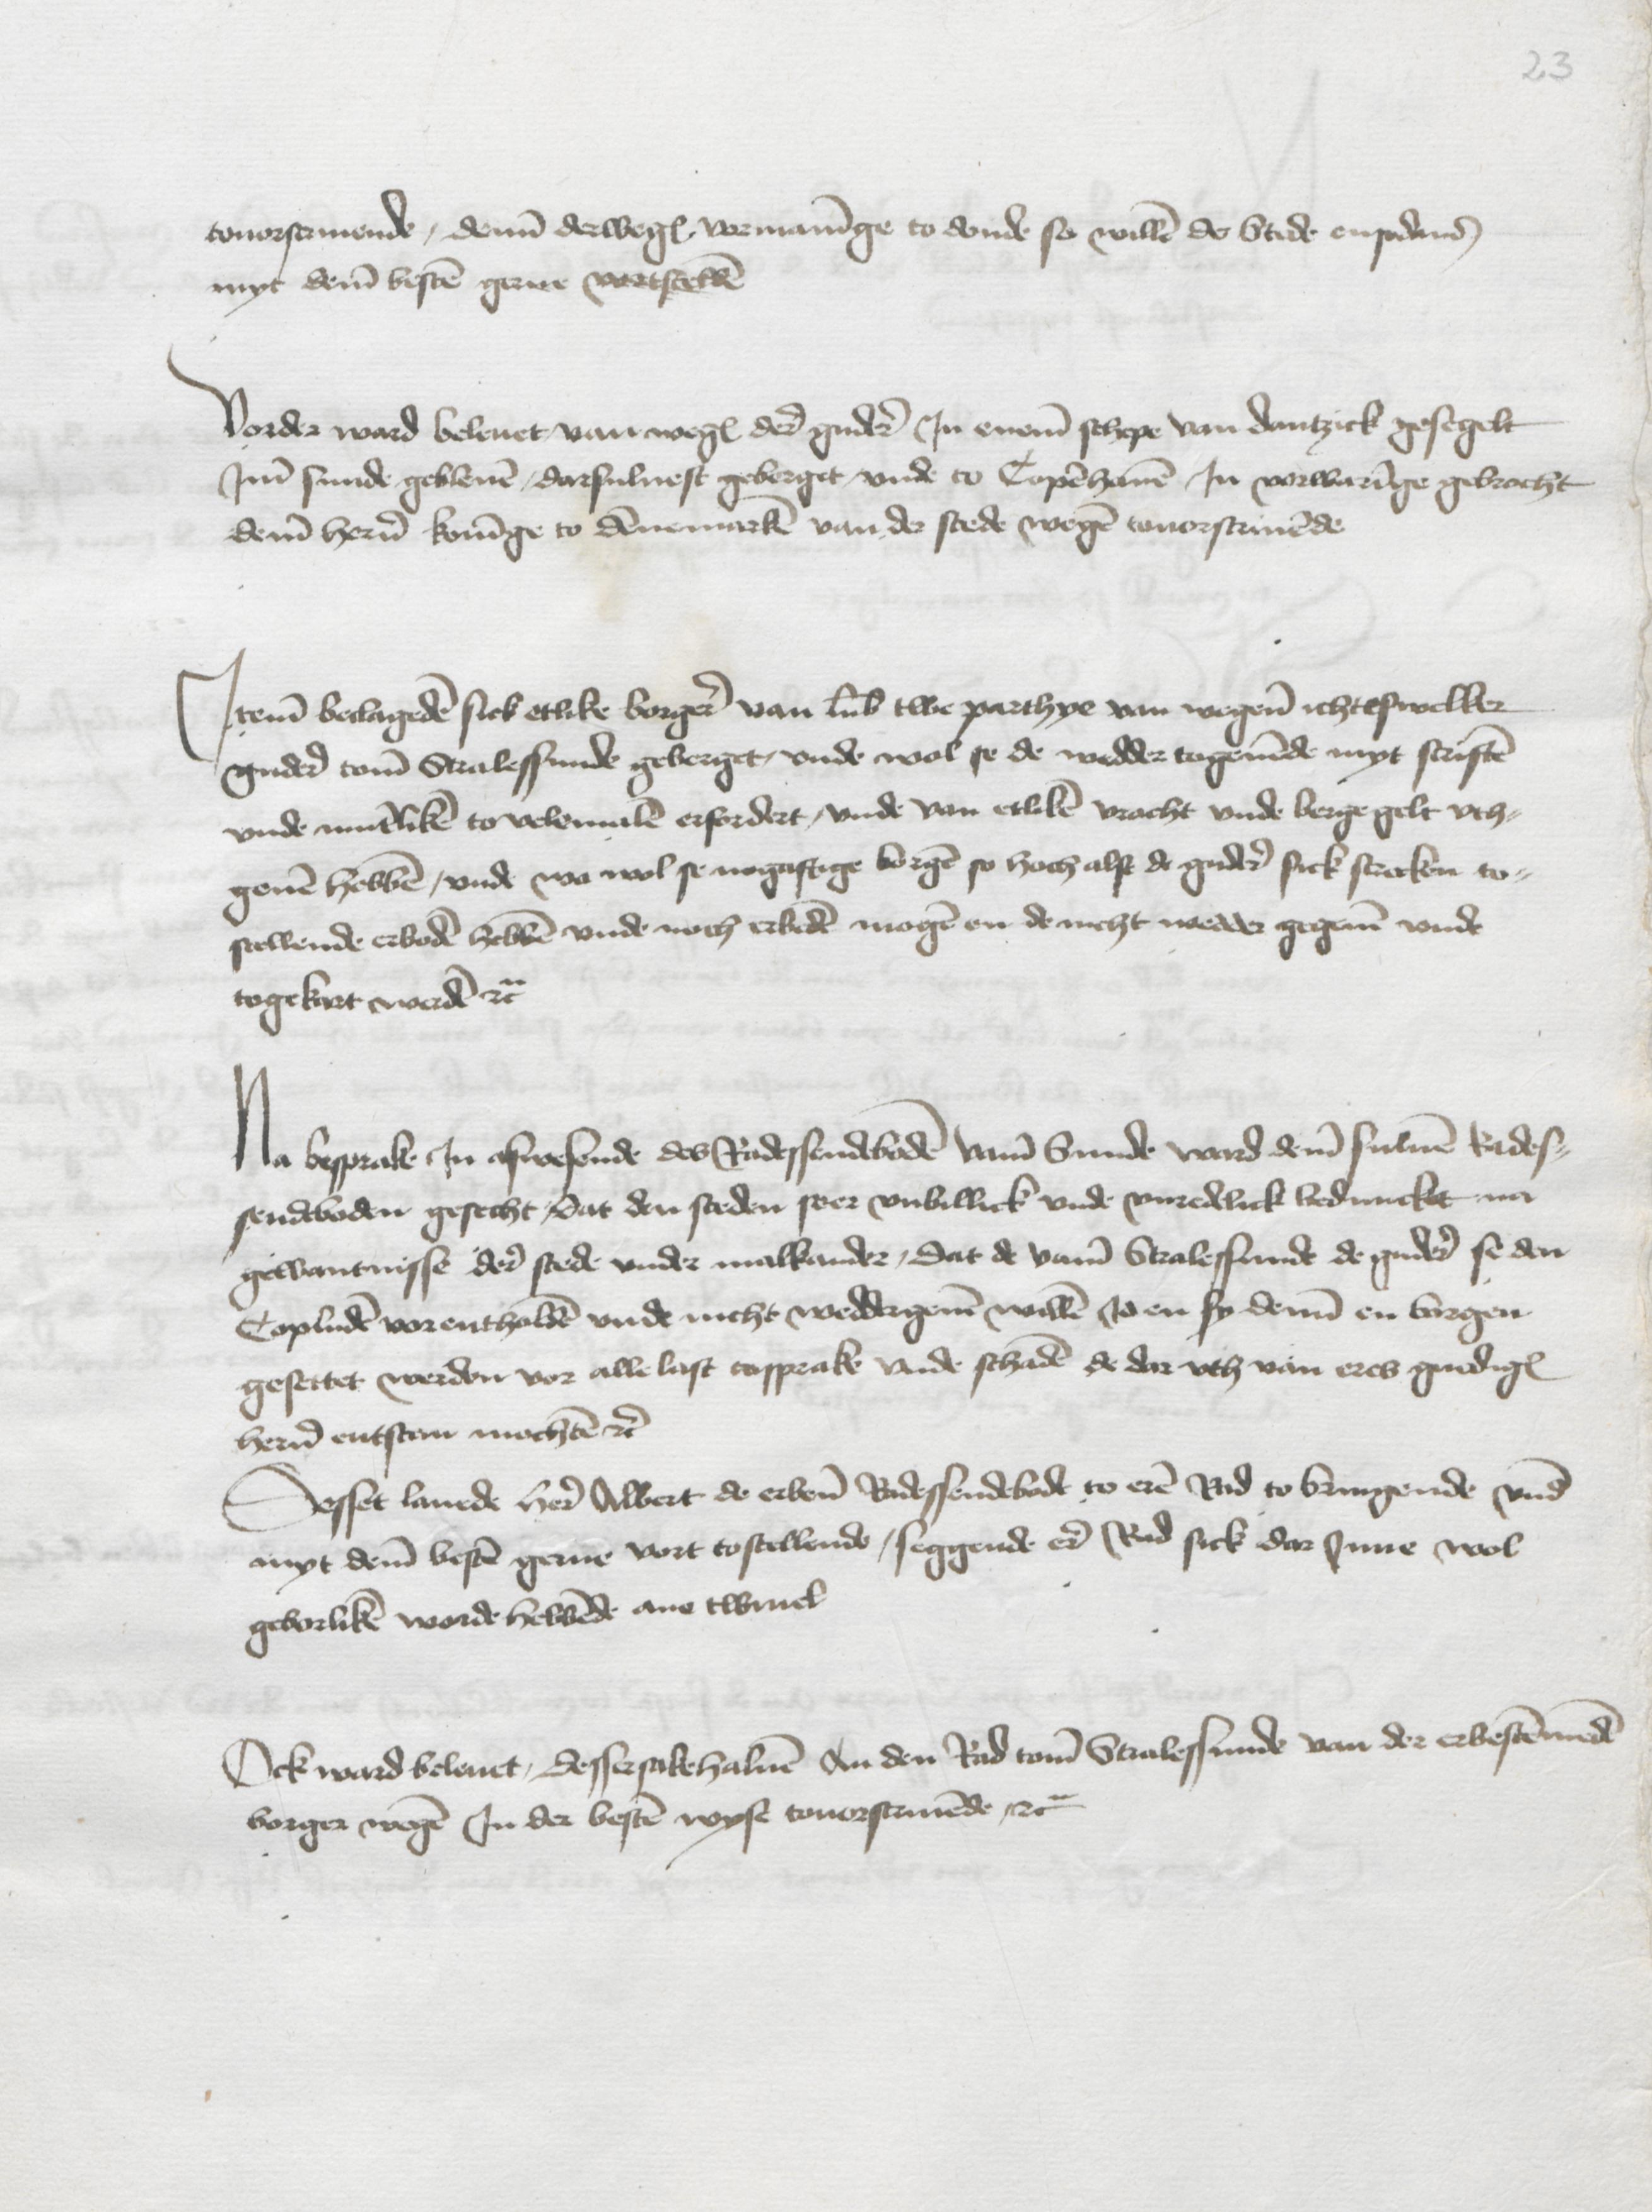
touorscrivende, denne derwegen vormaninge to donde so willen de Stede ensodans
myt deme besten gerne vortstellen

Vorder ward beleuet van wegen derer gudere Jn eneme schepe van Dantzick gesegelt
Jme sunde gebleuen, darsuluest geberget, vnde to Copenhauen Jn vorwaringe gebracht
deme heren koninge to Dennemarken van der stede wegen touorscriuende

Jteme beclageden sick etlike borgere van Lubeke twe parthye van wegene ichteswelker
gudere tome Stralessunde geberget, vnde wol se de wedder togeuende myt scriften
vnde muntliken to velemalen erfordert, vnde van etliken vracht vnde berge gelt vth¬
geuen hebben, vnde wo wol se nogaftige borger so hoch alse de gudere sick strecken to¬
stellende erboden hebben vnde noch erbeden mogen en de nicht wedder gegeuen vnde
togekart werden etcetera

Na besprake Jn afwesende des Radessendeboden vame Sunde ward deme suluen Rades¬
sendeboden gesecht, dat den steden seer vnbillick vnde vnredelick beduncket na
gewantnisse derer stede vnder malkander, dat de vame Stralessunde de gudere se den
Copluden vorentholden vnde nicht weddergeuen willen Jd en sy denne en borgen
gesettet werden vor alle last tosprake vnde schaden de dar vth van eres gnadigen
heren entstan mochten etcetera

Desset lauede here Albert de erbenomden Radessendebode to eren Rad to bringende vnde
myt deme besten gerne vort tostellende, seggende ere Rad sick dar Jnne wol
geborliken worde hebbende ane twiuel

Ock ward beleuet, desse sakehaluen An den Rad tome Stralessunde van der erbestemmeden
borger wegen Jn der besten wyse touorscriuende etcetera